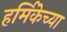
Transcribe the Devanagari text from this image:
हर्मिकेच्या